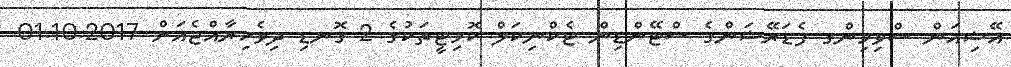
އޭޝިއަން ސްވިމިންގ ފެޑަރޭޝަންގެ ސްޓޭންޑިން ޓެކްނިކަލް ކޮމިޓީތަކުގެ 2 ގޮނޑި ދިވެހިރާއްޖެއަށް 01.10.2017